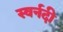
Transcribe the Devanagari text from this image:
स्वर्नदी